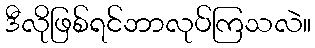
ဒီလိုဖြစ်ရင်ဘာလုပ်ကြသလဲ။